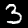
Digit: 3